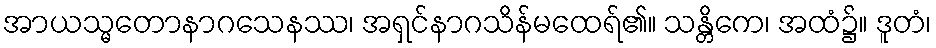
အာယသ္မတောနာဂသေနဿ၊ အရှင်နာဂသိန်မထေရ်၏။ သန္တိကေ၊ အထံ၌။ ဒူတံ၊